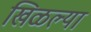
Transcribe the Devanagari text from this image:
खिळल्या